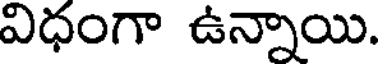
విధంగా ఉన్నాయి.